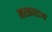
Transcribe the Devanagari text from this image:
मराठाराज्य